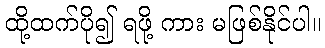
ထို့ထက်ပို၍ ရဖို့ ကား မဖြစ်နိုင်ပါ။